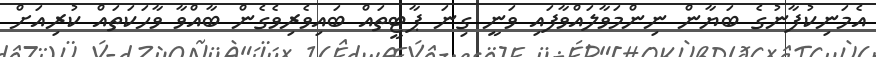
އެމަނިކުފާނުގެ ބަޔާން ނިންމަވާލައްވާފައި ވަނީ ގިނަ ޕާޓީތައް ބައިވެރިވެގެން ބާއްވާ ވާހަކަތައް ކުރިއަށް